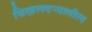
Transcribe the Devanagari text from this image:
चिखलदऱ्यातील